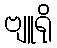
ဗျူရို